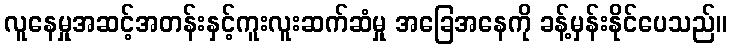
လူနေမှုအဆင့်အတန်းနှင့်ကူးလူးဆက်ဆံမှု အခြေအနေကို ခန့်မှန်းနိုင်ပေသည်။